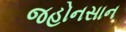
જહોનસાન